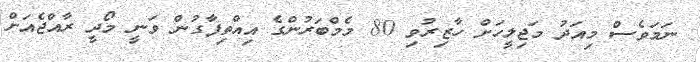
ނަމަވެސް މިއަދު މަޖިލީހަށް ހާޒިރުވި 80 މެމްބަރުންގެ އިއްތިފާގުން ވަނީ މޯދީ ރާއްޖެއަށް